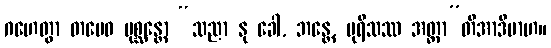
ဂဟေတွာ တမေဝ ပုစ္ဆန္တော “သညာ နု ခေါ, ဘန္တေ, ပုရိသဿ အတ္တာ”တိအာဒိမာဟ။